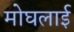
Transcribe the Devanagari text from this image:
मोघलाई